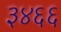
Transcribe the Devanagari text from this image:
३४६६